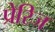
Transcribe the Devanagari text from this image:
प्रेरिज